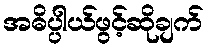
အဓိပ္ပါယ်ဖွင့်ဆိုချက်